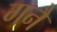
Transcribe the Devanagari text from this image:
गनै